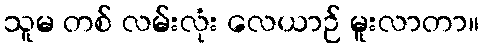
သူမ တစ် လမ်းလုံး လေယာဉ် မူးလာတာ။